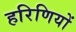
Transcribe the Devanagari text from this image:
हरिणियों